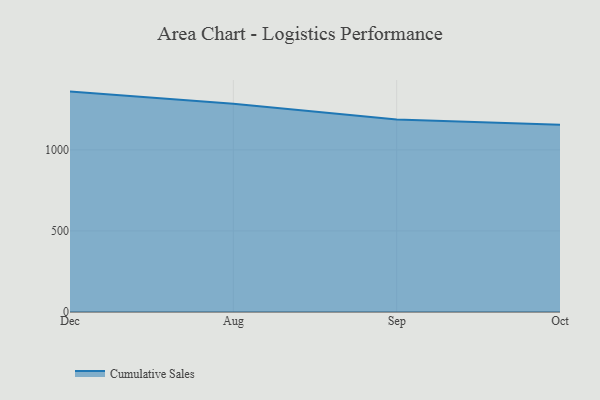
{"axis": {"x": "Month", "y": "Shipments"}, "legend": ["Cumulative Sales"], "data": [{"x": "Dec", "y": 1359.5, "type": "Cumulative Sales"}, {"x": "Aug", "y": 1284.2, "type": "Cumulative Sales"}, {"x": "Sep", "y": 1187.6, "type": "Cumulative Sales"}, {"x": "Oct", "y": 1154.7, "type": "Cumulative Sales"}]}